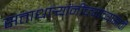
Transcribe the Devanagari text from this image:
सत्ताधार्‍यांनीच्त्यांच्यासाठी